Annual administration report of the Civil Veterinary Department, Sind - 1941-1942
Year: 1941
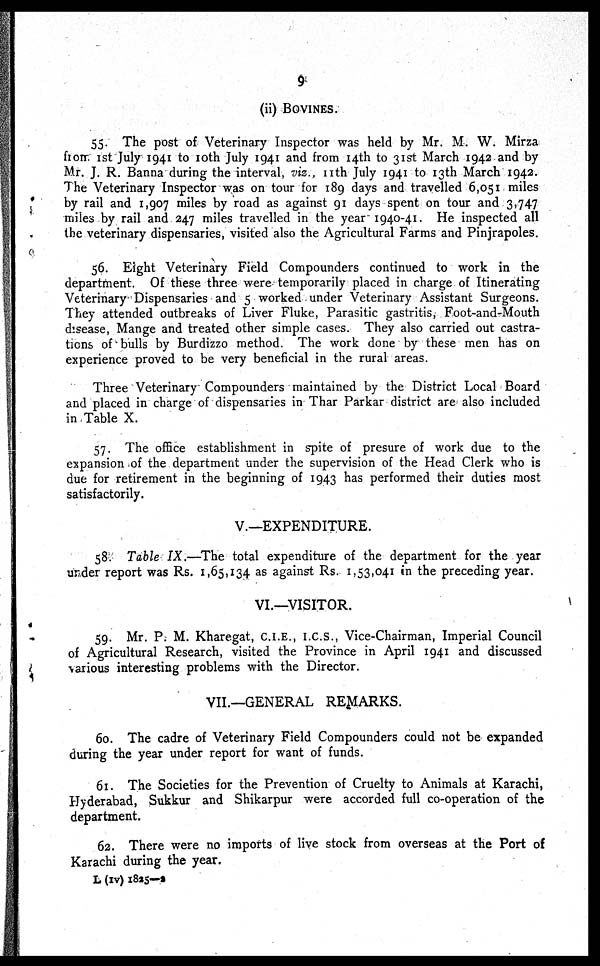
9
(ii) BOVINES.
55. The post of Veterinary Inspector was held by Mr. M. W. Mirza
from 1st July 1941 to 10th July 1941 and from 14th to 31st March 1942 and by
Mr. J. R. Banna during the interval, viz., 11th July 1941 to 13th March 1942.
The Veterinary Inspector was on tour for 189 days and travelled 6,051 miles
by rail and 1,907 miles by road as against 91 days spent on tour and 3,747
miles by rail and 247 miles travelled in the year 1940-41. He inspected all
the veterinary dispensaries, visited also the Agricultural Farms and Pinjrapoles.
56. Eight Veterinary Field Compounders continued to work in the
department. Of these three were temporarily placed in charge of Itinerating
Veterinary Dispensaries and 5 worked under Veterinary Assistant Surgeons.
They attended outbreaks of Liver Fluke, Parasitic gastritis, Foot-and-Mouth
disease, Mange and treated other simple cases. They also carried out castra-
tions of bulls by Burdizzo method. The work done by these men has on
experience proved to be very beneficial in the rural areas.
Three Veterinary Compounders maintained by the District Local Board
and placed in charge of dispensaries in Thar Parkar district are also included
in Table X.
57. The office establishment in spite of presure of work due to the
expansion of the department under the supervision of the Head Clerk who is
due for retirement in the beginning of 1943 has performed their duties most
satisfactorily.
V.—EXPENDITURE.
58. Table IX.—The total expenditure of the department for the year
under report was Rs. 1,65,134 as against Rs. 1,53,041 in the preceding year.
VI.—VISITOR.
59. Mr. P. M. Kharegat, C.I.E., I.C.S., Vice-Chairman, Imperial Council
of Agricultural Research, visited the Province in April 1941 and discussed
various interesting problems with the Director.
VII.—GENERAL REMARKS.
60. The cadre of Veterinary Field Compounders could not be expanded
during the year under report for want of funds.
61. The Societies for the Prevention of Cruelty to Animals at Karachi,
Hyderabad, Sukkur and Shikarpur were accorded full co-operation of the
department.
62. There were no imports of live stock from overseas at the Port of
Karachi during the year.
L (IV) 1825—2